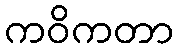
ကဝိကတာ